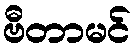
ဗီတာမင်